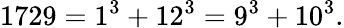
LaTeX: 1729=1^{3}+12^{3}=9^{3}+10^{3}.